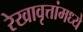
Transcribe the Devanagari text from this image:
रेखावृत्तांमध्ये